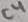
Text: C4